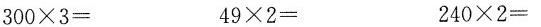
$$3 0 0 \times 3 =$$ $$4 9 \times 2 =$$ $$2 4 0 \times 2 =$$